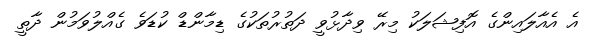
އެ އެއާލައިންގެ އޮފިޝަލަކު މިރޭ ވިދާޅުވީ ދަތުރުތަކުގެ ޑިމާންޑް ކުޑަވެ ގެއްލުވަމުން ދާތީ